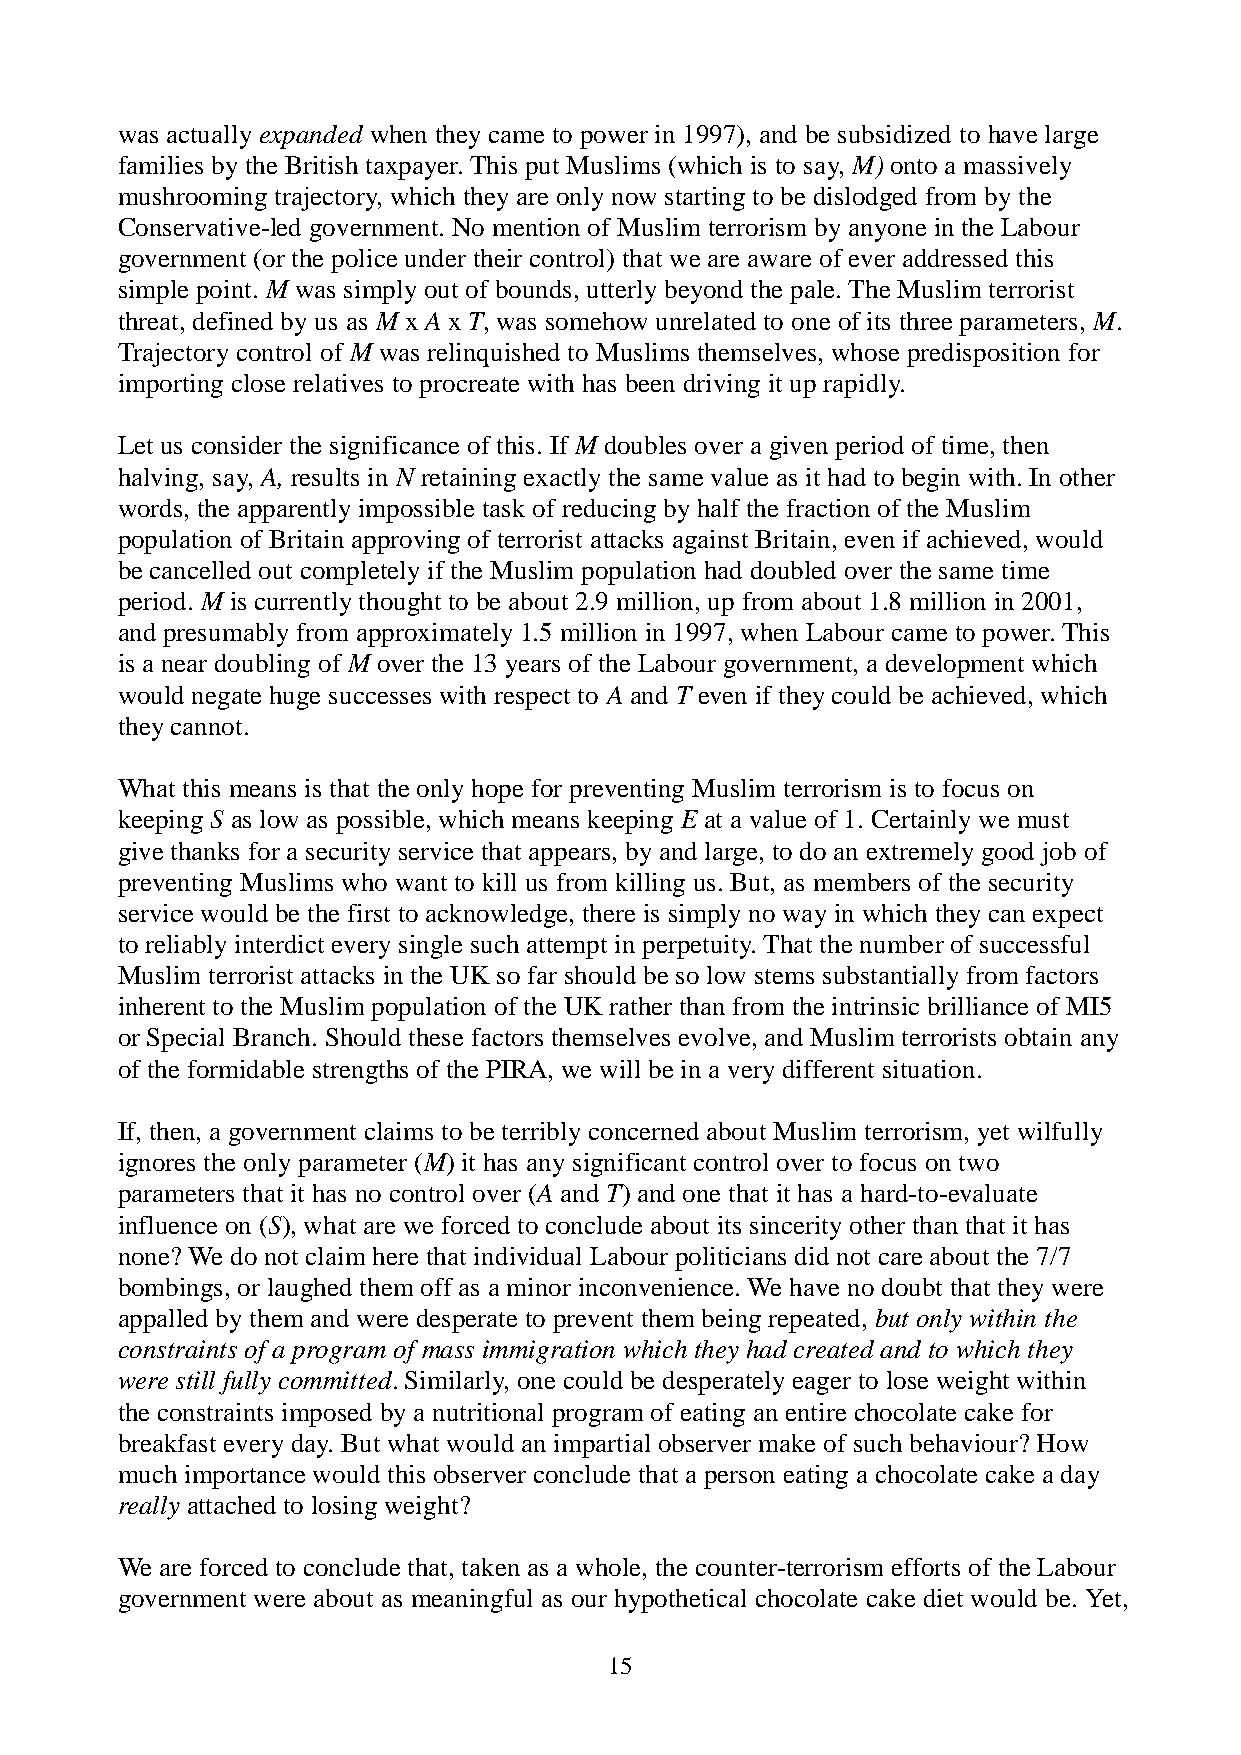
was actually expanded when they came to power in 1997), and be subsidized to have large
 families by the British taxpayer. This put Muslims (which is to say, M) onto a massively
 mushrooming trajectory, which they are only now starting to be dislodged from by the
 Conservative-led government. No mention of Muslim terrorism by anyone in the Labour
 government (or the police under their control) that we are aware of ever addressed this
 simple point. M was simply out of bounds, utterly beyond the pale. The Muslim terrorist
 threat, defined by us as M x A x T, was somehow unrelated to one of its three parameters, M.
 Trajectory control of M was relinquished to Muslims themselves, whose predisposition for
 importing close relatives to procreate with has been driving it up rapidly.
 Let us consider the significance of this. If M doubles over a given period of time, then
 halving, say, A, results in N retaining exactly the same value as it had to begin with. In other
 words, the apparently impossible task of reducing by half the fraction of the Muslim
 population of Britain approving of terrorist attacks against Britain, even if achieved, would
 be cancelled out completely if the Muslim population had doubled over the same time
 period. M is currently thought to be about 2.9 million, up from about 1.8 million in 2001,
 and presumably from approximately 1.5 million in 1997, when Labour came to power. This
 is a near doubling of M over the 13 years of the Labour government, a development which
 would negate huge successes with respect to A and T even if they could be achieved, which
 they cannot.
 What this means is that the only hope for preventing Muslim terrorism is to focus on
 keeping S as low as possible, which means keeping E at a value of 1. Certainly we must
 give thanks for a security service that appears, by and large, to do an extremely good job of
 preventing Muslims who want to kill us from killing us. But, as members of the security
 service would be the first to acknowledge, there is simply no way in which they can expect
 to reliably interdict every single such attempt in perpetuity. That the number of successful
 Muslim terrorist attacks in the UK so far should be so low stems substantially from factors
 inherent to the Muslim population of the UK rather than from the intrinsic brilliance of MI5
 or Special Branch. Should these factors themselves evolve, and Muslim terrorists obtain any
 of the formidable strengths of the PIRA, we will be in a very different situation.
 If, then, a government claims to be terribly concerned about Muslim terrorism, yet wilfully
 ignores the only parameter (M) it has any significant control over to focus on two
 parameters that it has no control over (A and T) and one that it has a hard-to-evaluate
 influence on (S), what are we forced to conclude about its sincerity other than that it has
 none? We do not claim here that individual Labour politicians did not care about the 7/7
 bombings, or laughed them off as a minor inconvenience. We have no doubt that they were
 appalled by them and were desperate to prevent them being repeated, but only within the
 constraints of a program of mass immigration which they had created and to which they
 were still fully committed. Similarly, one could be desperately eager to lose weight within
 the constraints imposed by a nutritional program of eating an entire chocolate cake for
 breakfast every day. But what would an impartial observer make of such behaviour? How
 much importance would this observer conclude that a person eating a chocolate cake a day
 really attached to losing weight?
 We are forced to conclude that, taken as a whole, the counter-terrorism efforts of the Labour
 government were about as meaningful as our hypothetical chocolate cake diet would be. Yet,
 15